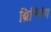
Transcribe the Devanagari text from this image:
ब्रिन्गिंग